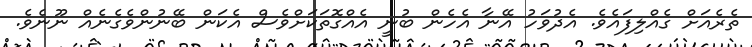
ތެރެއަށް ގެއްލިފައެވެ. އެދުވަހު އޭނާ އެހެން ބުނީ އެއްގޮތަކަށްވެސް އެކަން ބޭނުންވެގެނެއް ނޫނެވެ.